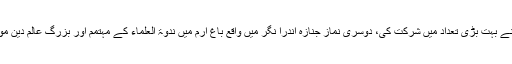
جس میں ندوۃلعلماء کے ہزاروں طلبا ، اساتذہ اور معززین شہر نے بہت بڑی تعداد میں شرکت کی، دوسری نماز جنازہ اندرا نگر میں واقع باغ ارم میں ندوۃ العلماء کے مہتمم اور بزرگ عالم دین مولانا ڈاکٹر سعیدالرحمن اعظمی ندوی کی امامت میں ادا کی گئی ۔